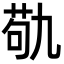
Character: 𮏆